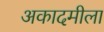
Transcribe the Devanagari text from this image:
अकादमीला